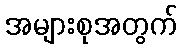
အများစုအတွက်